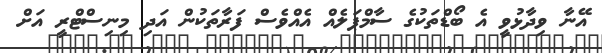
އޭނާ ވިދާޅުވީ އެ ބޯޑްތަކުގެ ސާމްޕަލެއް އެއްވެސް ފަރާތަކުން އަދި މިނިސްޓްރީ އަށް